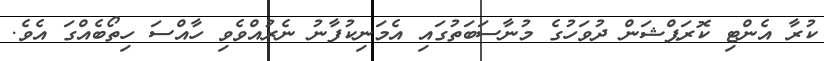
ކުރާ އެންޓި ކޮރަޕްޝަން ދުވަހުގެ މުނާސަބަތުގައި އެމަނިކުފާނު ނެރުއްވެވި ހާއްސަ ހިތޯބެއްގަ އެވެ.